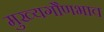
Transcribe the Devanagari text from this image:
मुख्यगौणभाव